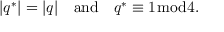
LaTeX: | q ^ { * } | = | q | \quad { \mathrm { a n d } } \quad q ^ { * } \equiv 1 { \bmod { 4 } } .